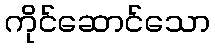
ကိုင်ဆောင်သော